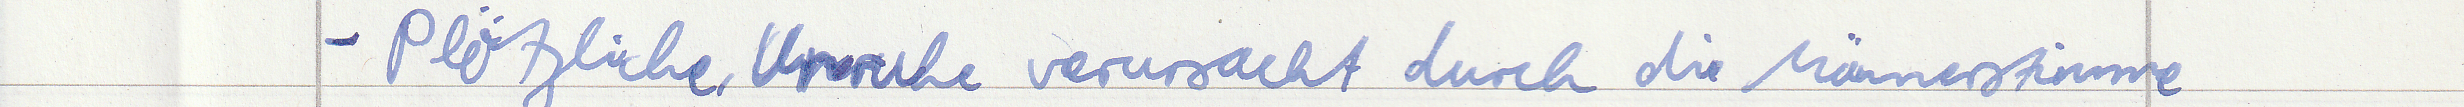
- Plötzliche Unruhe verursacht durch die Männerstimme